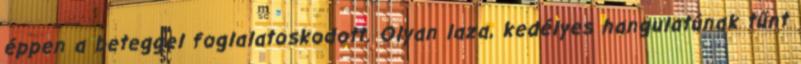
éppen a beteggel foglalatoskodott. Olyan laza, kedélyes hangulatúnak tűnt